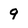
Character: 9